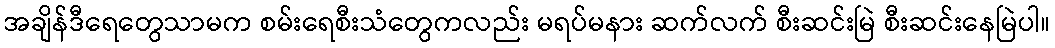
အချိန်ဒီရေတွေသာမက စမ်းရေစီးသံတွေကလည်း မရပ်မနား ဆက်လက် စီးဆင်းမြဲ စီးဆင်းနေမြဲပါ။